Report of the Indian Hemp Drugs Commission, 1894-1895 - Volume III
Year: 1894
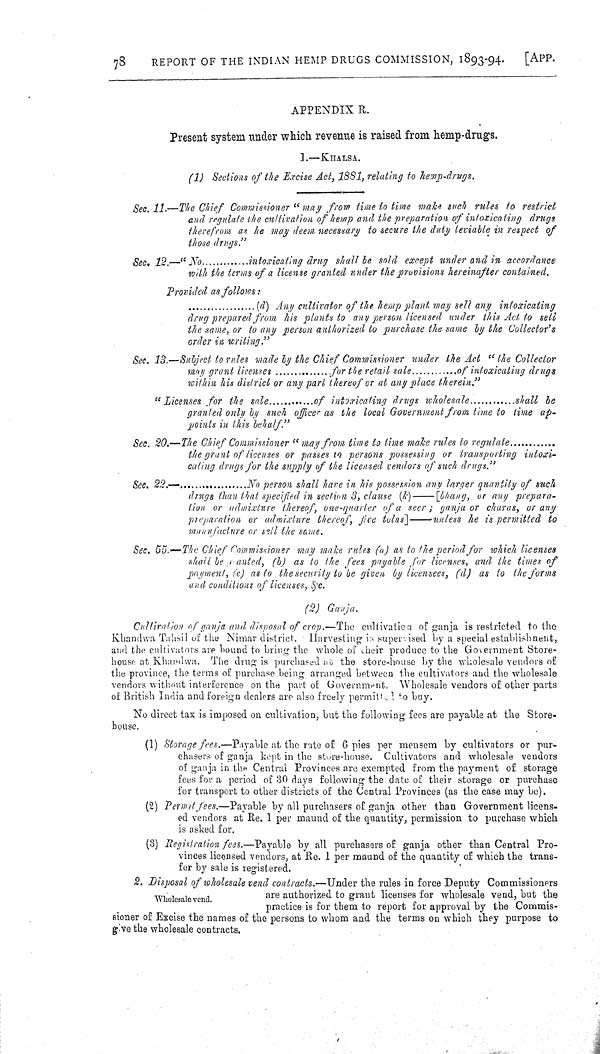
78
REPORT OF THE INDIAN HEMP DRUGS COMMISSION, 1893-94.
[APP.
APPENDIX R.
Present system under which revenue is raised from hemp-drugs.
1.—KHALSA.
(1) Sections of the Excise Act, 1881, relating to hemp-drugs.
Sec. 11.—The Chief Commissioner "may from time to time make such rules to restrict
and regulate the cultivation of hemp and the preparation of intoxicating drugs
therefrom as he may deem necessary to secure the duty leviable in respect of
those drugs."
Sec. 12.—"No
intoxicating drug shall be sold except under and in accordance
with the terms of a license granted under the provisions hereinafter contained.
Provided as follows:
(d) Any cultivator of the hemp plant may sell any intoxicating
drug prepared from his plants to any person licensed under this Act to sell
the same, or to any person authorized to purchase the same by the Collector's
order in writing."
Sec. 13.—Subject to rules made by the Chief Commissioner under the Act "the Collector
may grant licenses
for the retail sale
of intoxicating drugs
within his district or any part thereof or at any place therein."
"Licenses for the sale........ of intoxicating drugs wholesale
shall be
granted only by such officer as the local Government from time to time ap-
points in this behalf."
Sec. 20.—The Chief Commissioner "may from time to time make rules to regulate
the grant of licenses or passes to persons possessing or transporting intoxi-
caling drugs for the supply of the licensed vendors of such drugs."
Sec. 22.—
No person shall have in his possession any larger quantity of such
drugs than that specified in section 3, clause
(k)
[bhang, or any prepara-
tion or admixture thereof, one-quarter of a seer; ganja or charas, or any
preparation or admixture thereof, five tolas] unless he is permitted to
manufacture or sell the same.
Sec. 55.—The Chief Commissioner may make rules (a) as to the period for which licenses
shall be granted, (b) as to the fees payable for licenses, and the times of
payment, (c) as to the security to be given by licensees, (d) as to the forms
and conditions of licenses, &c.
(2) Ganja.
Cultiration of ganja and disposal of crop.—The cultivation of ganja is restricted to the
Khandwa Tahsil of the Nimar district. Harvesting is supervised by a special establishment,
and the cultivators are bound to bring the whole of their produce to the Government Store-
house at Khandwa. The drug is purchased at the store-house by the wholesale vendors of
the province, the terms of purchase being arranged between the cultivators and the wholesale
vendors without interference on the part of Government. Wholesale vendors of other parts
of British India and foreign dealers are also freely permited to buy.
No direct tax is imposed on cultivation, but the following fees are payable at the Store-
house.
(1) Storage fees.—Payable at the rate of 6 pies per mensem by cultivators or pur-
chasers of ganja kept in the store-house. Cultivators and wholesale vendors
of ganja in the Central Provinces are exempted from the payment of storage
fees for a period of 30 days following the date of their storage or purchase
for transport to other districts of the Central Provinces (as the case may be).
(2) Permit fees.—Payable by all purchasers of ganja other than Government licens-
ed vendors at Re. 1 per maund of the quantity, permission to purchase which
is asked for.
(3) Registration fees.—Payable by all purchasers of ganja other than Central Pro-
vinces licensed vendors, at Re. 1 per maund of the quantity of which the trans-
fer by sale is registered.
Wholesale vend.
2. Disposal of wholesale vend contracts.—Under the rules in force Deputy Commissioners
are authorized to grant licenses for wholesale vend, but the
practice is for them to report for approval by the Commis-
sioner of Excise the names of the persons to whom and the terms on which they purpose to
give the wholesale contracts.